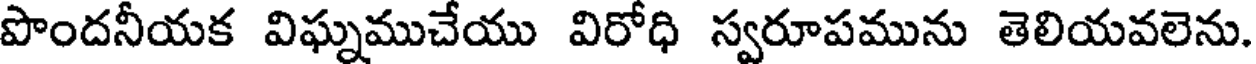
పొందనీయక విఘ్నముచేయు విరోధి స్వరూపమును తెలియవలెను.